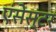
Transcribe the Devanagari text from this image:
एंसेस्टर